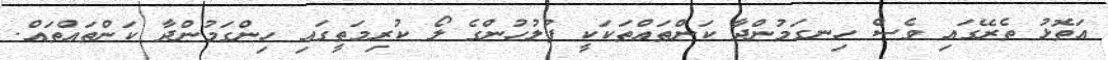
އަތޮޅު ތެރޭގައި ވެސް ހިނގަމުންދާ ކަންތައްތަކަކީ ފުލުހުންގެ ލޯ ކުރިމަތީގައި ހިންގަމުންދާ ކަންތައްތައް.